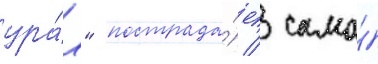
ура́л" пострада́ет / само́